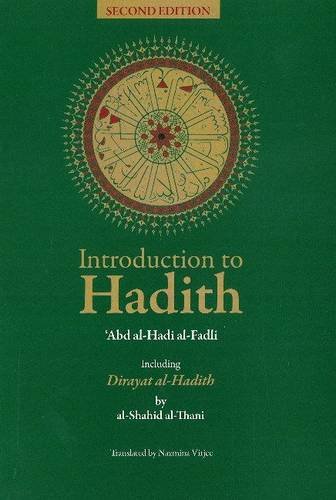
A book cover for Introduction to Hadith; Abd al-Hadi al-Fadli; Religion & Spirituality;